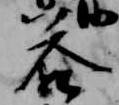
答